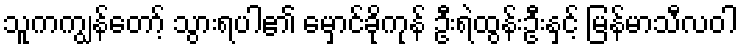
သူကကျွန်တော့် သွားရပါ၏ မှောင်ခိုကုန် ဦးရဲထွန်းဦးနှင့် မြန်မာသီလဝါ